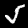
Label: 5